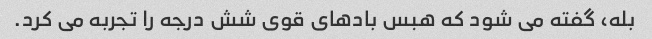
بله، گفته می شود که هبس بادهای قوی شش درجه را تجربه می کرد.